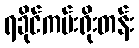
ရခိုင်ကမ်းရိုးတန်း